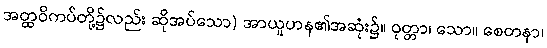
အတ္ထဝိကပ်တို့၌လည်း ဆိုအပ်သော) အာယူဟန၏အဆုံး၌။ ဝုတ္တာ၊ သော။ စေတနာ၊